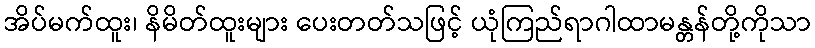
အိပ်မက်ထူး၊ နိမိတ်ထူးများ ပေးတတ်သဖြင့် ယုံကြည်ရာဂါထာမန္တန်တို့ကိုသာ